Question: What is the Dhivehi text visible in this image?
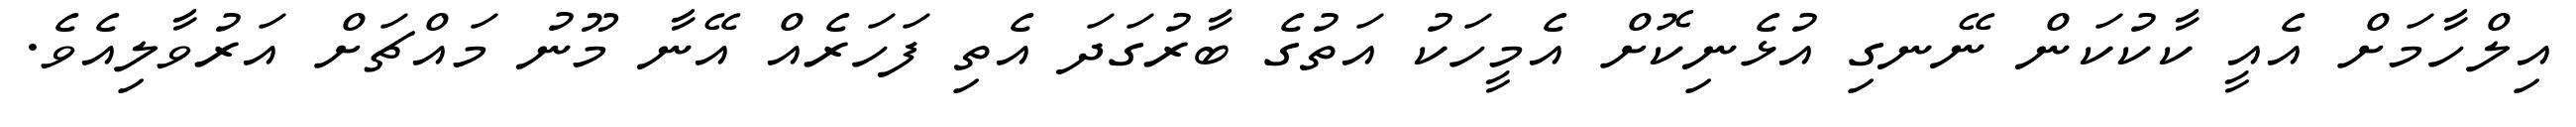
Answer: އިލްހާމަށް އެއީ ކާކުކަން ނޭނގި އުޅެނިކޮށް އެމީހަކު އަތުގެ ބާރުގަދަ އެތި ފަހަރެއް އޭނާ މޫނު މައްޗަށް އަރުވާލިއެވެ.